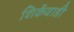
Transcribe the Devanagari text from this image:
शिर्केवाडी